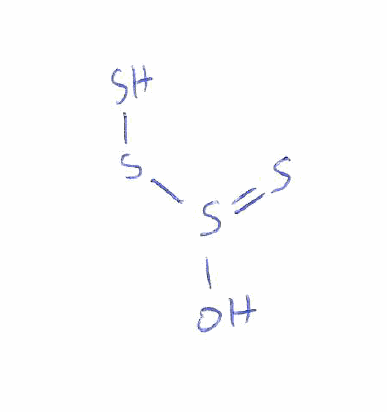
Simplified molecular-input line-entry system (SMILES) notation of the given molecule:
OS(=S)SS